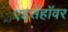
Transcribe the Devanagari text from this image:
एइसेंहॉवर